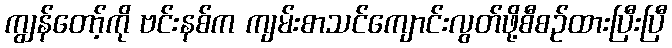
ကျွန်တော့်ကို ဗင်းနစ်က ကျမ်းစာသင်ကျောင်းလွတ်ဖို့စီစဉ်ထားပြီးပြီ